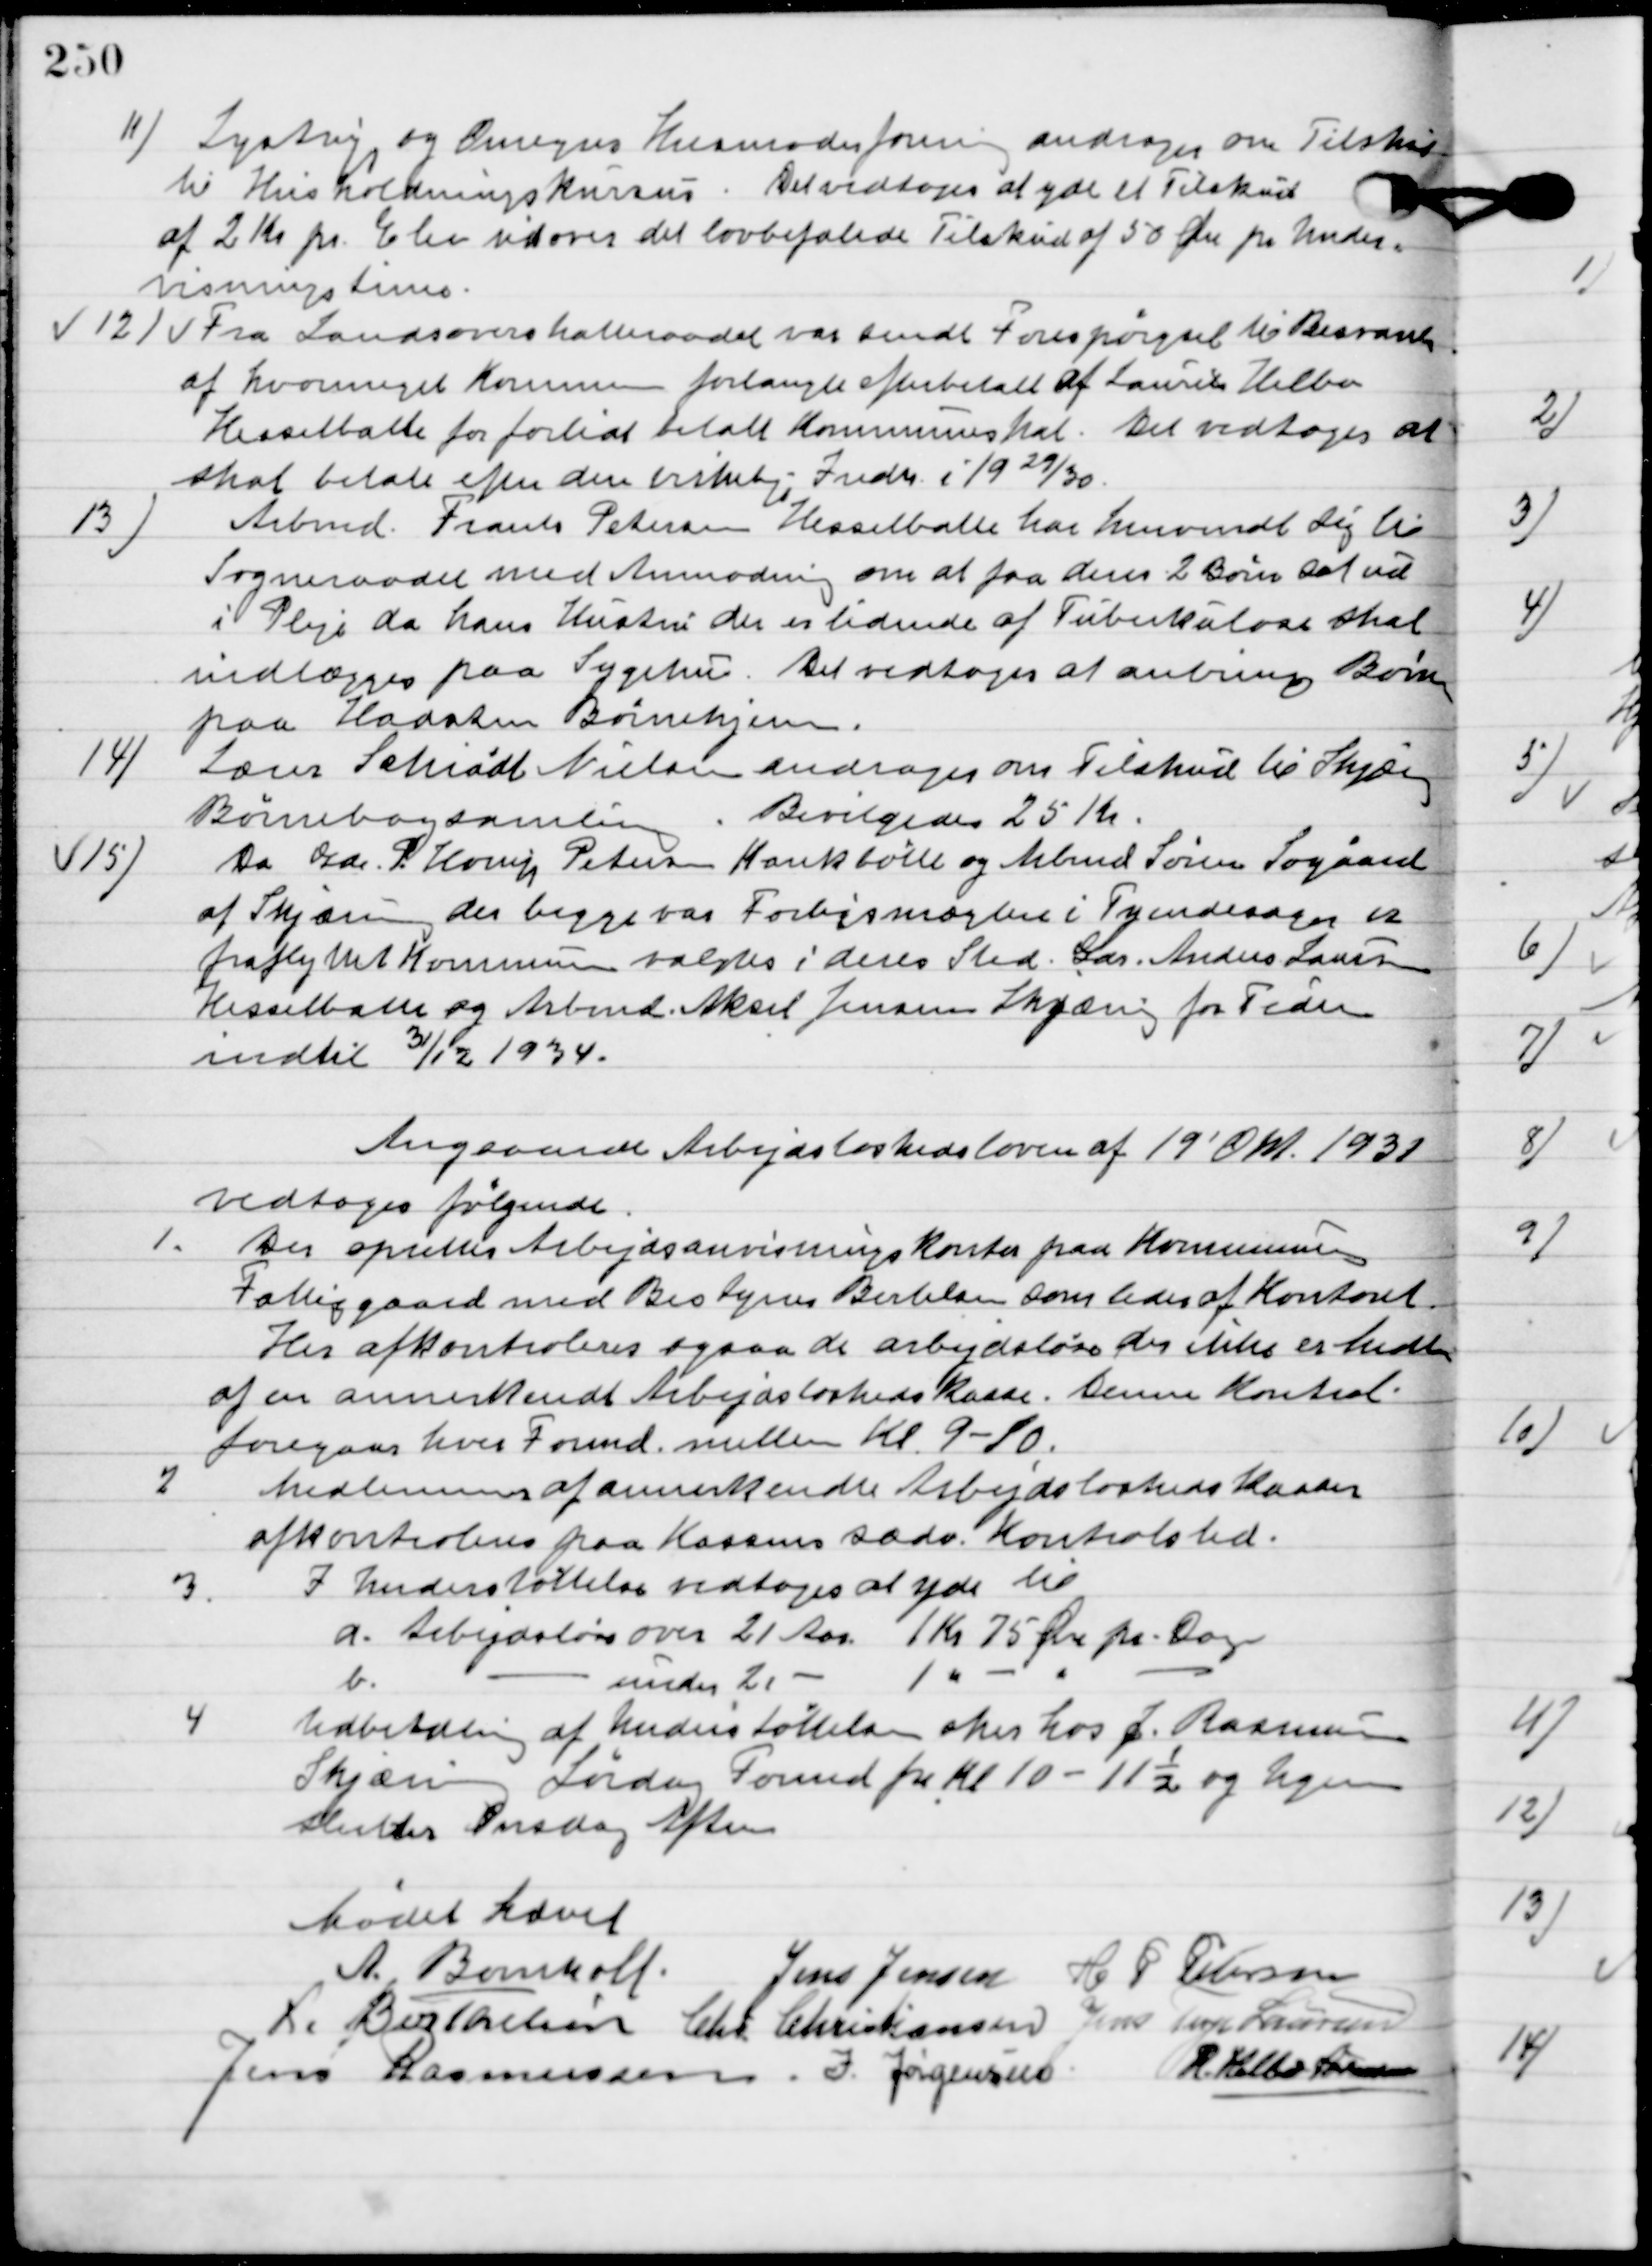
Transskription:
11

Lystrup og Omegns Husmoderforening andrager om tilskud
til Husholdningskursus. Det vedtoges at yde et Tilskud
af 2 Kr. pr. Elev udover det lovbefalede Tilskud af 50 Øre pr Under-
visningstime.

12

Fra Landsoverskatteraadet var sendt forespørgsel til Besvarelse
af hvor meget Kommunen forlangte efterbetalt af Laurits Helbo
Hesselballe for forlidt betalt Kommuneskat.
Det vedtoges at
skat betale efter den virkelige Indk. i 1929/30.

13

Arbmd. Frands Petersen Hesselballe har henvendt sig til
Sogneraadet med Anmodning om at faa deres 2 børn sat ud
i Pleje da hans Hustru der er lidende af Tuberkulose skal
indlægges paa Sygehus.
Det vedtoges at anbringe Børnene
paa Hadsten Børnehjem.

14

Lærer Schiødt Nielsen andrager om tilskud til Skjæring
Børnebogssamling.
Bevilgedes 25 Kr.

15

Da gdr. S. Horup Petersen Krankbølle og Arbmd. Søren Søgaard
af Skjæring der begge er forligsmæglere i Tydendesager er
fraflyttet Kommunen valgtes i deres Sted Gdr. Anders Laursen
Hesselballe og Arbmd. Aksel Jensen Skjæring for Tiden
indtil 31/12 1934.

Angaaende Arbejdsløshedsloven af 19´ Okt. 1931
Vedtoges følgende:

1

Der oprettes Arbejdsanvisningskontor paa Kommunens
Fattiggaard med Bestyrer Bertelsen som leder af Kontoret.
Her afkontrolleres ogsaa de arbejdsløse der ikke er medlem
af en annerkendt Arbejdsløshedskasse. Denne Kontrol
foregaar hver Formd. mellem Kl. 9-10.

2

Medlemmer af annerkendte Arbejdsløshedskasser
Afkontrolleres paa Kassens sædv. Kontrolsted.

3

I Understøttelse vedtoges at yde til
a.	Arbejdsløse over 21 Aar 1 Kr. 75 Øre pr Dag.
b.	Arbejdsløse under 21 Aar 1 Kr. -  Øre pr Dag.

4

Udbetaling af Understøttelsen sker hos J. Rasmussen
Skjæring Lørdag Formd. Fra Kl. 10 – 11½ og Ugen
efter Onsdag Efterm.

Mødet hævet.

A. Bomholt
Jens Jensen
H. P. Petersen
A. Berthelsen
Chr. Christiansen
Jens Terp Laursen
Jens Rasmussen
I. Jørgensen
R. Helbo Sørensen